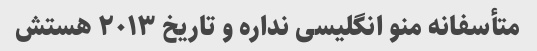
متأسفانه منو انگلیسی نداره و تاریخ ۲۰۱۳ هستش